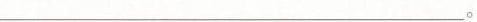
_.